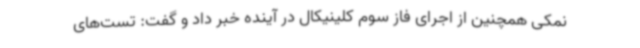
نمکی همچنین از اجرای فاز سوم کلینیکال در آینده خبر داد و گفت: تست‌های